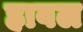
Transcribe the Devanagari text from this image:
हावल